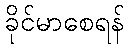
ခိုင်မာစေရန်